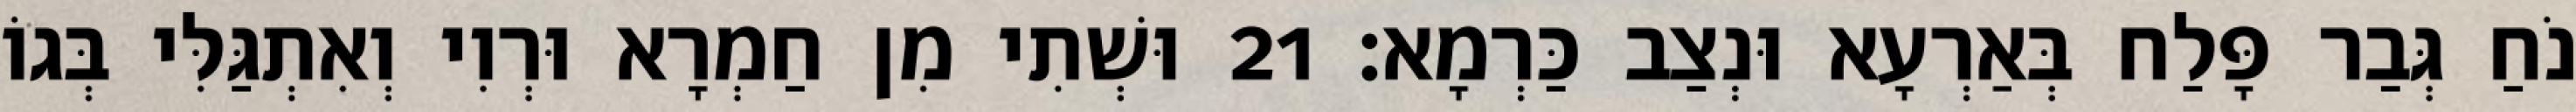
נֹחַ גְּבַר פָּלַח בְּאַרְעָא וּנְצַב כַּרְמָא׃ 21 וּשְׁתִי מִן חַמְרָא וּרְוִי וְאִתְגַּלִּי בְּגוֹ